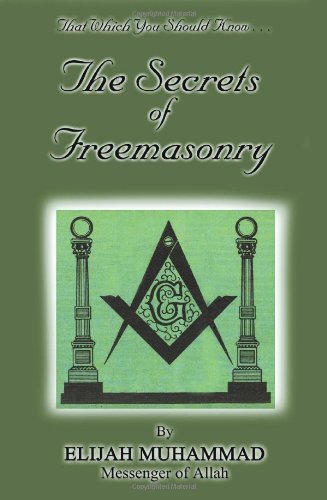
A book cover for The Secrets Of Freemasonry; Elijah Muhammad; Religion & Spirituality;